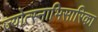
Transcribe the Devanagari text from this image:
ज्योत्स्नाभिसारिका